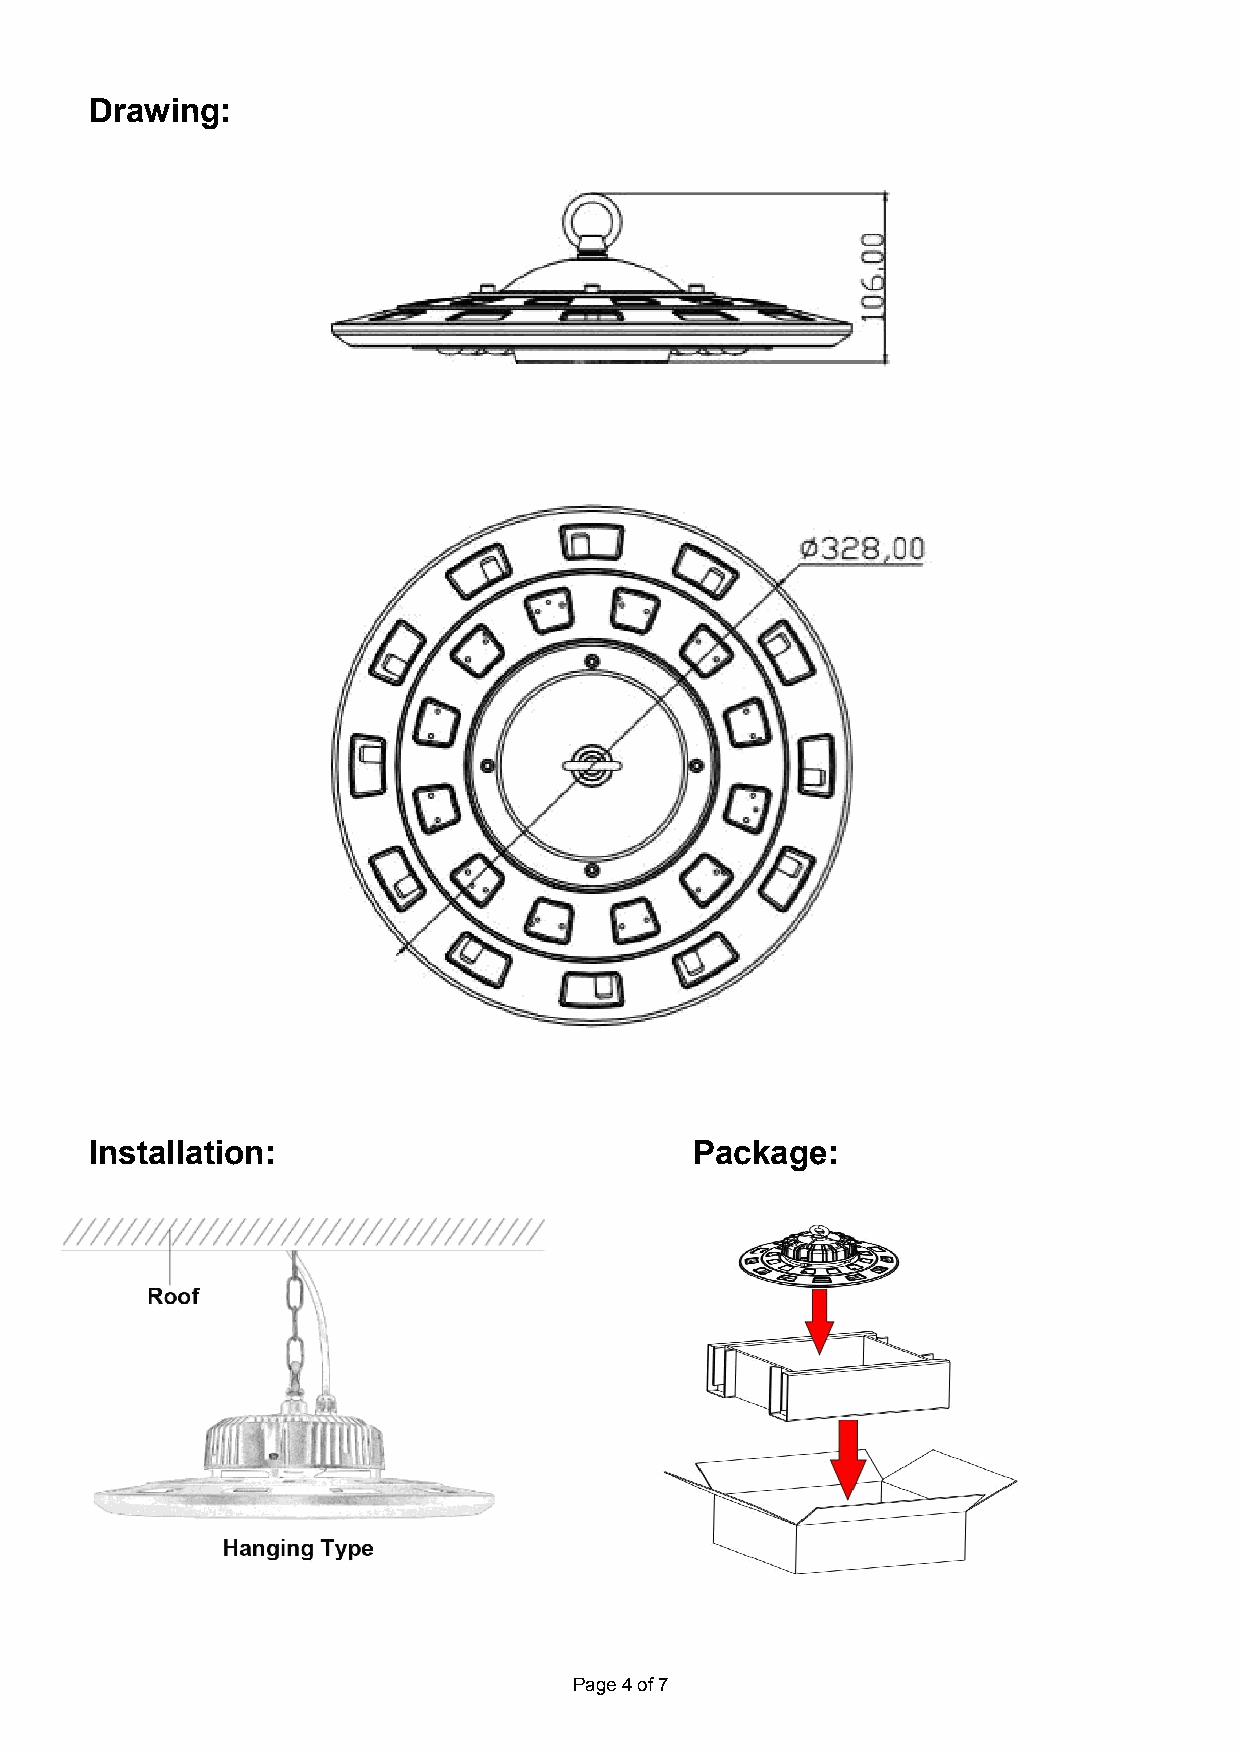
Drawing:
 Installation:                           Package:
 Page4of7